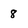
Character: 8